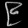
Digit: ၉